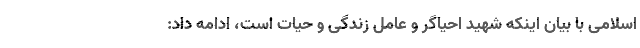
اسلامی با بیان اینکه شهید احیاگر و عامل زندگی و حیات است، ادامه داد: